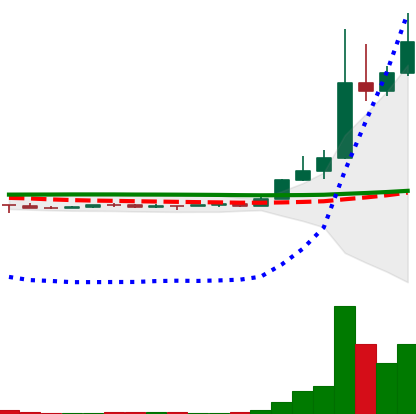
Ticker: DOGE-USD
Chart end date: 2022-11-01
Forward return: -19.617%
Label: down_7plus